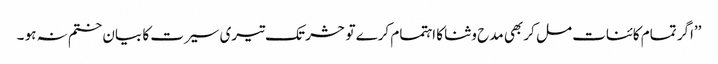
’’اگر تمام کائنات مل کر بھی مدح و ثنا کا اہتمام کرے تو حشر تک تیری سیرت کا بیان ختم نہ ہو ۔